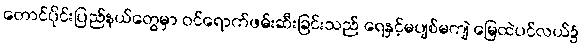
တောင်ပိုင်းပြည်နယ်တွေမှာ ဝင်ရောက်ဖမ်းဆီးခြင်းသည် ရေနှင့်မပျစ်မကျဲ မြေထဲပင်လယ်၌